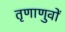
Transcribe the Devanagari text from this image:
तृणाणुवों